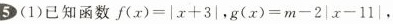
5(1)已知函数$$f ( x ) = | x + 3 |$$，$$g ( x ) = m - 2 | x - 1 1 |$$，